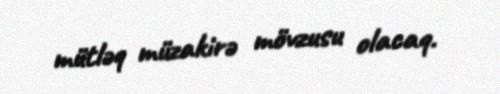
mütləq müzakirə mövzusu olacaq.